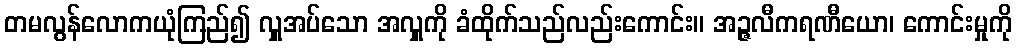
တမလွန်လောကယုံကြည်၍ လှူအပ်သော အလှူကို ခံထိုက်သည်လည်းကောင်း။ အဉ္ဇလီကရဏီယော၊ ကောင်းမှုကို